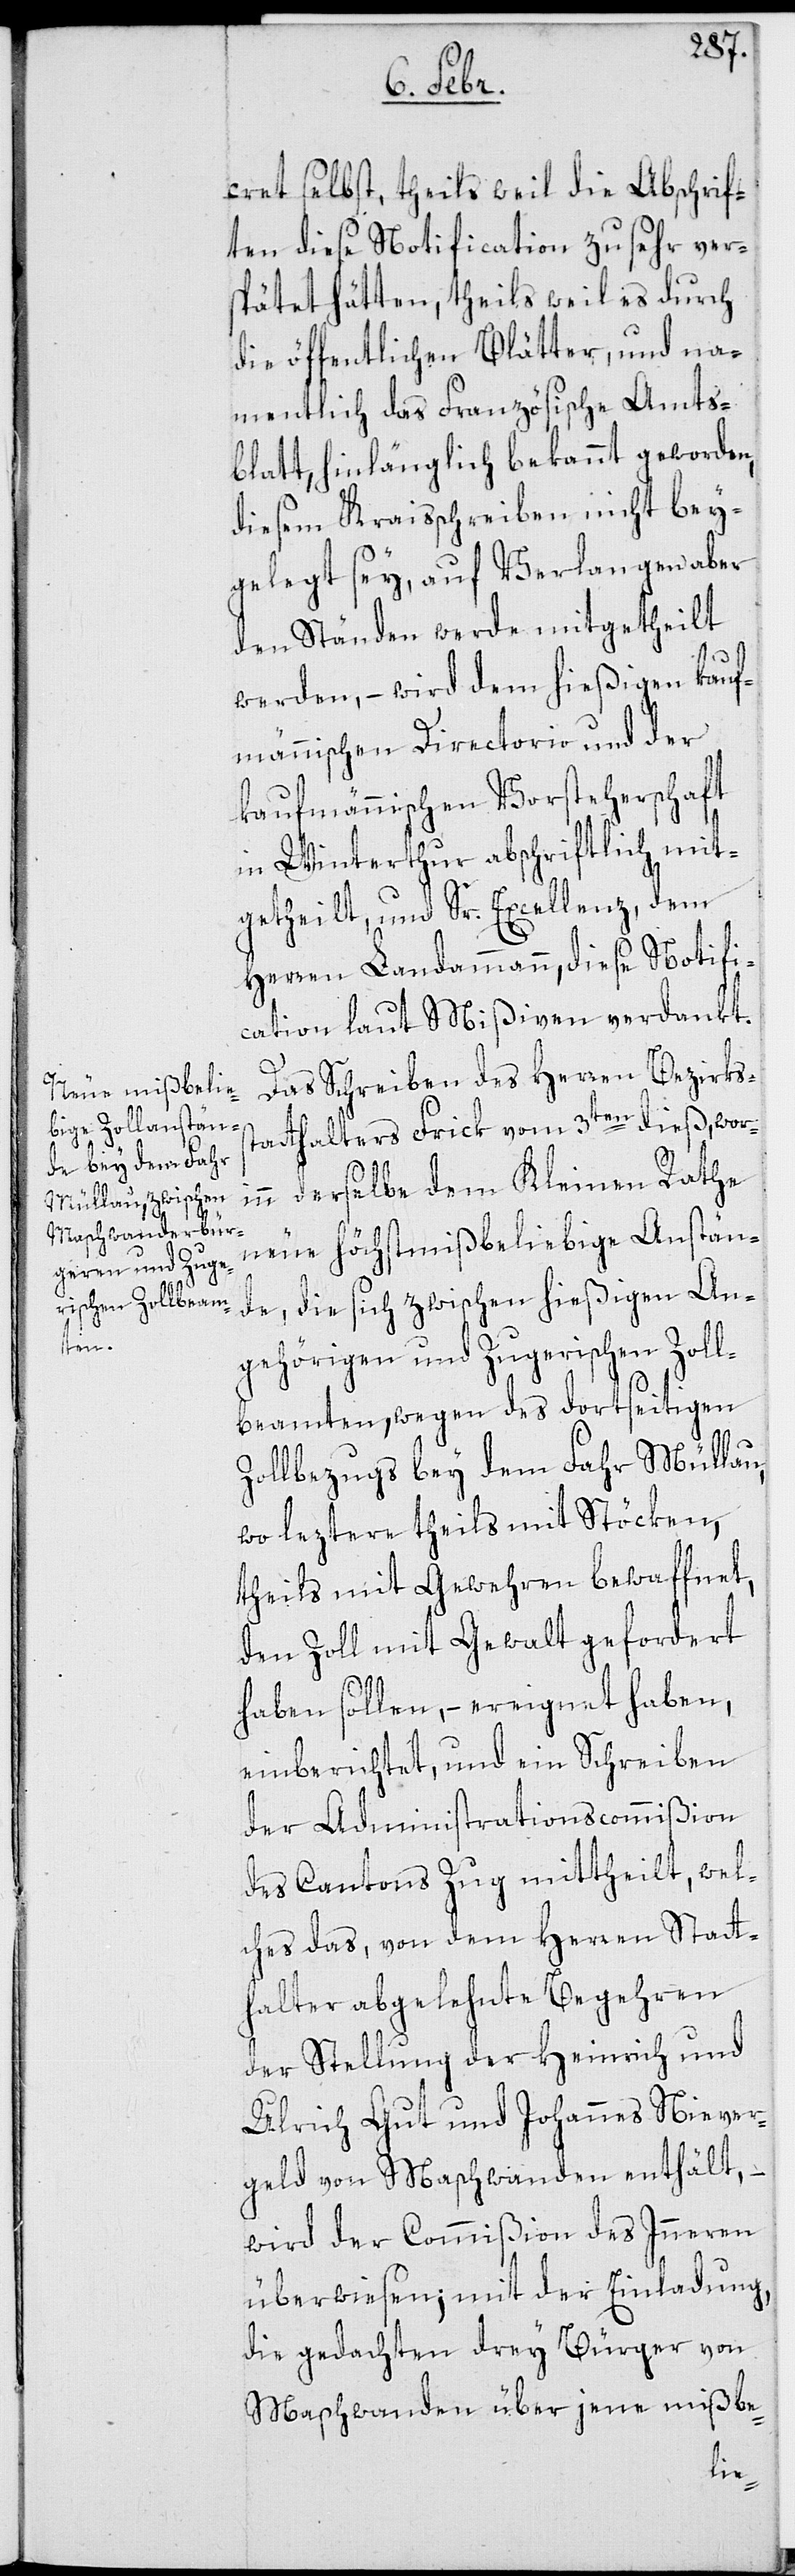
cret selbst, theils weil die Abschrif¬
ten diese Notification zu sehr ver¬
spätet hätten, theils weil es durch
die öffentlichen Blätter, und na¬
mentlich das Französische Amts¬
blatt, hinlänglich bekannt geworden,
diesem Kraisschreiben nicht bey¬
gelegt sey, auf Verlangen aber
den Ständen werde mitgetheilt
werden, – wird dem hießigen kauf¬
männischen Directorio und der
kaufmännischen Vorsteherschaft
in Winterthur abschriftlich mit¬
getheilt, und Sr. Excellenz, dem
Herren Landammann, diese Notifi¬
cation laut Mißiven verdankt.
Das Schreiben des Herren Bezirks¬
statthalters Frick vom 3ten dieß, wori¬
nn derselbe dem Kleinen Rathe
neue höchst mißbeliebige Anstän¬
de, die sich zwischen hießigen An¬
gehörigen und Zugerischen Zoll¬
beamten, wegen des dortseitigen
Zollbezugs bey dem Fahr Mühlau,
wo leztere theils mit Stöcken,
theils mit Gewehren bewaffnet,
den Zoll mit Gewalt gefordert
haben sollen, – ereignet haben,
einberichtet, und ein Schreiben
der Administrationscommißion
des Cantons Zug mittheilt, wel¬
ches das, von dem Herren Statt¬
halter abgelehnte Begehren
der Stellung der Heinrich und
Ulrich Gut und Johannes Niever¬
geld von Maschwanden enthält, –
wird der Commißion des Inneren
überwiesen, mit der Einladung,
die gedachten drey Bürger von
Maschwanden über jene mißbe-